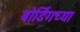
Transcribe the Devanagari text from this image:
बोर्डिंगच्या